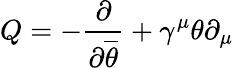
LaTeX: Q=-{\frac{\partial}{\partial{\overline{{\theta}}}}}+\gamma^{\mu}\theta\partial_{\mu}